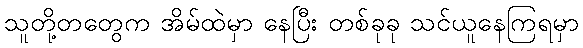
သူတို့တတွေက အိမ်ထဲမှာ နေပြီး တစ်ခုခု သင်ယူနေကြရမှာ